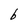
Character: b